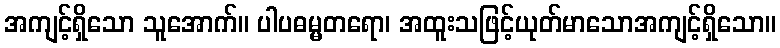
အကျင့်ရှိသော သူအောက်။ ပါပဓမ္မတရော၊ အထူးသဖြင့်ယုတ်မာသောအကျင့်ရှိသော။